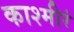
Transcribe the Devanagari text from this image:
काश्मीरं